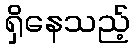
ရှိနေသည့်